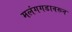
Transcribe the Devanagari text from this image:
मलंगगडावरून